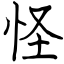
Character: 怪